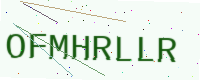
Text: OFMHRLLR